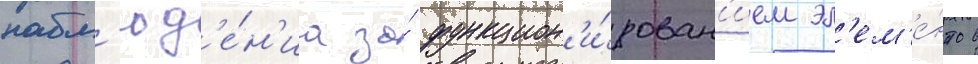
набл'юд'е́н'иа за́ функцион'и́рован'ием эл'ем'е́нтов